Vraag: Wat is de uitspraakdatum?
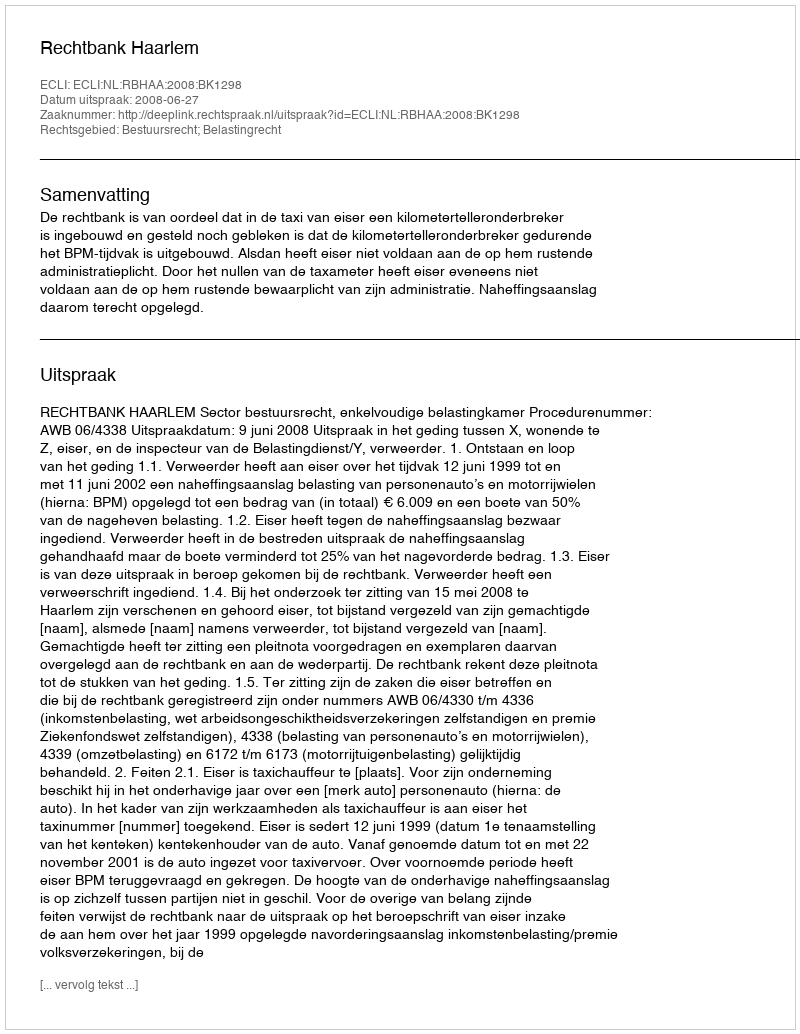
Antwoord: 2008-06-27